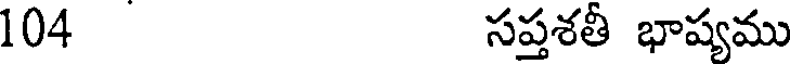
104 సప్తశతీ భాష్యము